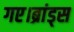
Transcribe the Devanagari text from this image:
गए।ब्रांड्स